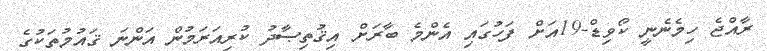
ރާއްޖެ ހިމެނެނީ ކޯވިޑް-19އަށް ފަހުގައި އެންމެ ބާރަށް އިޤުތިޞާދު ކުރިއަރަމުން އަންނަ ޤައުމުތަކުގެ